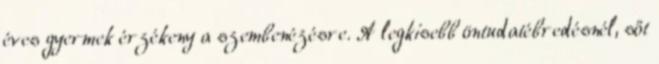
éves gyermek érzékeny a szembenézésre. A legkisebb öntudatébredésnél, sőt